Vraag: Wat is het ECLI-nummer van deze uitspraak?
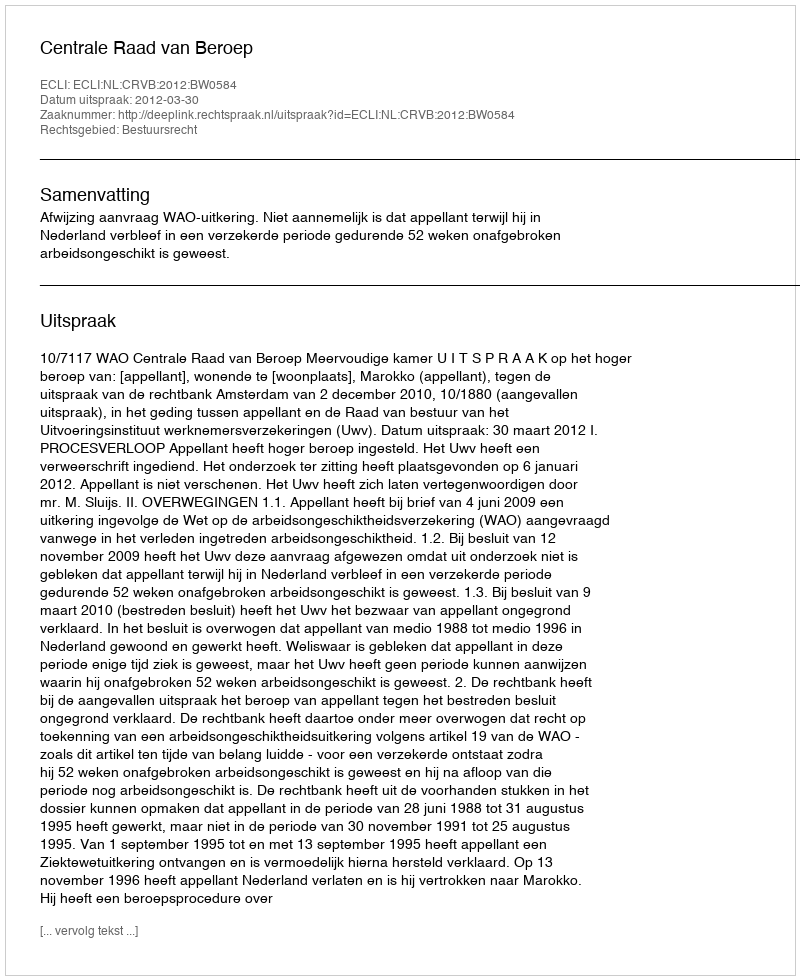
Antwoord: ECLI:NL:CRVB:2012:BW0584